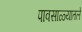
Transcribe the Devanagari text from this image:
पावसाळ्यातले